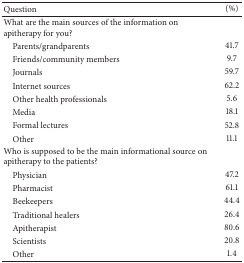
<table><thead><tr><td><b>Question</b></td><td><b>(%)</b></td></tr></thead><tbody><tr><td>What are the main sources of the information on apitherapy for you?</td><td> </td></tr><tr><td> Parents/grandparents</td><td>41.7</td></tr><tr><td> Friends/community members</td><td>9.7</td></tr><tr><td> Journals</td><td>59.7</td></tr><tr><td> Internet sources</td><td>62.2</td></tr><tr><td> Other health professionals</td><td>5.6</td></tr><tr><td> Media</td><td>18.1</td></tr><tr><td> Formal lectures</td><td>52.8</td></tr><tr><td> Other</td><td>11.1</td></tr><tr><td>Who is supposed to be the main informational source on apitherapy to the patients?</td><td> </td></tr><tr><td> Physician</td><td>47.2</td></tr><tr><td> Pharmacist</td><td>61.1</td></tr><tr><td> Beekeepers</td><td>44.4</td></tr><tr><td> Traditional healers</td><td>26.4</td></tr><tr><td> Apitherapist</td><td>80.6</td></tr><tr><td> Scientists</td><td>20.8</td></tr><tr><td> Other</td><td>1.4</td></tr></tbody></table>